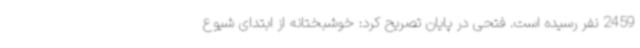
2459 نفر رسیده است. فتحی در پایان تصریح کرد: خوشبختانه از ابتدای شیوع